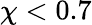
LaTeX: \chi<0.7